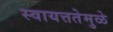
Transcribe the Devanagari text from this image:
स्वायत्ततेमुळे